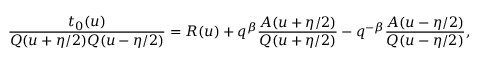
\frac { t _ { 0 } ( u ) } { Q ( u + \eta / 2 ) Q ( u - \eta / 2 ) } = R ( u ) + q ^ { \beta } \frac { A ( u + \eta / 2 ) } { Q ( u + \eta / 2 ) } - q ^ { - \beta } \frac { A ( u - \eta / 2 ) } { Q ( u - \eta / 2 ) } ,